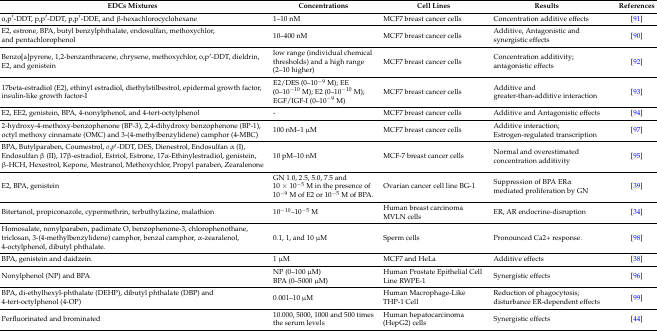
<table><thead><tr><td><b>EDCs Mixtures</b></td><td><b>Concentrations</b></td><td><b>Cell Lines</b></td><td><b>Results</b></td><td><b>References</b></td></tr></thead><tbody><tr><td>o,p′-DDT, p,p′-DDT, p,p′-DDE, and β-hexachlorocyclohexane</td><td>1–10 nM</td><td>MCF7 breast cancer cells</td><td>Concentration additive effects </td><td>[91] </td></tr><tr><td>E2, estrone, BPA, butyl benzylphthalate, endosulfan, methoxychlor, and pentachlorophenol</td><td>10–400 nM</td><td>MCF7 breast cancer cells</td><td>Additive, Antagonistic and synergistic effects </td><td>[90]</td></tr><tr><td>Benzo[a]pyrene, 1,2-benzanthracene, chrysene, methoxychlor, o,p′-DDT, dieldrin, E2, and genistein </td><td>low range (individual chemical thresholds) and a high range (2–10 higher)</td><td>MCF7 breast cancer cells</td><td>Concentration additivity; antagonistic effects</td><td>[92] </td></tr><tr><td>17beta-estradiol (E2), ethinyl estradiol, diethylstilbestrol, epidermal growth factor, insulin-like growth factor-I</td><td>E2/DES (0–10<sup>−9</sup> M); EE (0–10<sup>−10</sup> M); E2 (0–10<sup>−10</sup> M); EGF/IGF-I (0–10<sup>−9</sup> M)</td><td>MCF7 breast cancer cells</td><td>Additive and greater-than-additive interaction</td><td>[93]</td></tr><tr><td>E2, EE2, genistein, BPA, 4-nonylphenol, and 4-tert-octylphenol</td><td>-</td><td>MCF7 breast cancer cells</td><td>Additive and Antagonistic effects </td><td>[94] </td></tr><tr><td>2-hydroxy-4-methoxy-benzophenone (BP-3), 2,4-dihydroxy benzophenone (BP-1), octyl methoxy cinnamate (OMC) and 3-(4-methylbenzylidene) camphor (4-MBC)</td><td>100 nM–1 μM</td><td>MCF7 breast cancer cells</td><td>Additive interaction; Estrogen-regulated transcription</td><td>[97]</td></tr><tr><td>BPA, Butylparaben, Coumestrol, <i>o,p′</i>-DDT, DES, Dienestrol, Endosulfan α (I), Endosulfan β (II), 17β-estradiol, Estriol, Estrone, 17α-Ethinylestradiol, genistein, β-HCH, Hexestrol, Kepone, Mestranol, Methoxychlor, Propyl paraben, Zearalenone</td><td>10 pM–10 nM</td><td>MCF-7 breast cancer cells</td><td>Normal and overestimated concentration additivity </td><td>[95] </td></tr><tr><td>E2, BPA, genistein </td><td>GN 1.0, 2.5, 5.0, 7.5 and 10 × 10<sup>−5</sup> M in the presence of 10<sup>−9</sup> M of E2 or 10<sup>−5</sup> M of BPA.</td><td>Ovarian cancer cell line BG-1</td><td>Suppression of BPA ERα mediated proliferation by GN</td><td>[39]</td></tr><tr><td>Bitertanol, propiconazole, cypermethrin, terbuthylazine, malathion</td><td>10<sup>−10</sup>–10<sup>−5</sup> M</td><td>Human breast carcinoma MVLN cells</td><td>ER, AR endocrine-disruption</td><td>[34]</td></tr><tr><td>Homosalate, nonylparaben, padimate O, benzophenone-3, chlorophenothane, triclosan, 3-(4-methylbenzylidene) camphor, benzal camphor, α-zearalenol, 4-octylphenol, dibutyl phthalate.</td><td>0.1, 1, and 10 μM</td><td>Sperm cells</td><td>Pronounced Ca2+ response.</td><td>[98]</td></tr><tr><td>BPA, genistein and daidzein.</td><td>1 μM</td><td>MCF7 and HeLa</td><td>Additive effects</td><td>[38] </td></tr><tr><td>Nonylphenol (NP) and BPA</td><td>NP (0–100 μM)BPA (0–5000 μM)</td><td>Human Prostate Epithelial Cell Line RWPE-1</td><td>Synergistic effects</td><td>[96]</td></tr><tr><td>BPA, di-ethylhexyl-phthalate (DEHP), dibutyl phthalate (DBP) and 4-tert-octylphenol (4-OP)</td><td>0.001–10 μM</td><td>Human Macrophage-Like THP-1 Cell</td><td>Reduction of phagocytosis; disturbance ER-dependent effects</td><td>[99]</td></tr><tr><td>Perfluorinated and brominated</td><td>10.000, 5000, 1000 and 500 times the serum levels</td><td>Human hepatocarcinoma (HepG2) cells</td><td>Synergistic effects </td><td>[44]</td></tr></tbody></table>